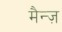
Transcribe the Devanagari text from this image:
मैन्ज़